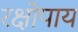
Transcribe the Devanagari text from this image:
रक्षोपाय